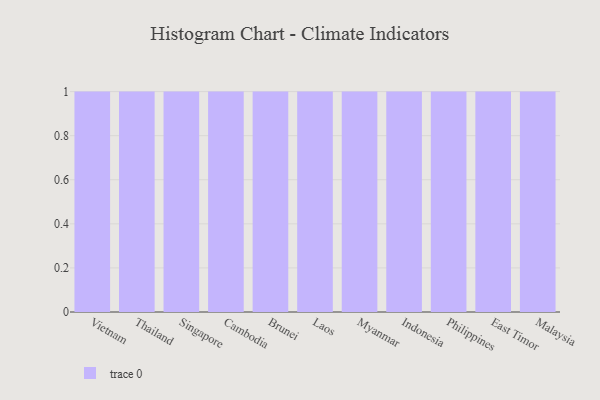
{"axis": {"x": "Country", "y": "Latency (ms)"}, "legend": [""], "data": [{"x": "Vietnam", "y": 67, "type": ""}, {"x": "Thailand", "y": 30, "type": ""}, {"x": "Singapore", "y": 66, "type": ""}, {"x": "Cambodia", "y": 58, "type": ""}, {"x": "Brunei", "y": 1, "type": ""}, {"x": "Laos", "y": 25, "type": ""}, {"x": "Myanmar", "y": 68, "type": ""}, {"x": "Indonesia", "y": 4, "type": ""}, {"x": "Philippines", "y": 3, "type": ""}, {"x": "East Timor", "y": 74, "type": ""}, {"x": "Malaysia", "y": 50, "type": ""}]}